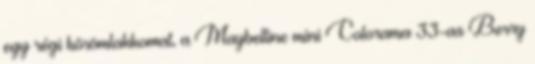
egy régi körömlakkomat, a Maybelline mini Colorama 33-as Berry